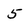
Character: 5